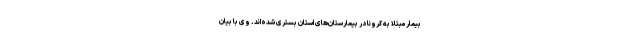
بیمار مبتلا به کرونا در بیمارستان‌های استان بستری شده‌اند. وی با بیان